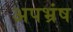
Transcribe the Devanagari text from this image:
अपभ्रंष